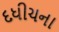
દધીચના